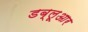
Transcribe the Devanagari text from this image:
डब्लूआर